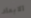
الابعاد